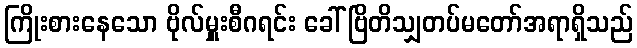
ကြိုးစားနေသော ဗိုလ်မှူးစီဂရင်း ခေါ် ဗြိတိသျှတပ်မတော်အရာရှိသည်